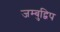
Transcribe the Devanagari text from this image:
जम्‍बुद्विप